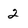
Character: 2